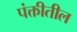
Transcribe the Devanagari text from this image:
पंक्तीतील